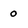
Character: 0